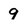
Character: 9